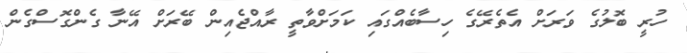
ހުރީ ބޮލުގެ ވަރަށް އެތެރޭގެ ހިސާބެއްގައި ކަމަށްވާތީ ރާއްޖެއިން ބޭރަށް އޭނާ ގެންގޮސްގެން